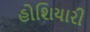
હોશિયારી